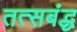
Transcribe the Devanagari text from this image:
तत्सबंद्ध